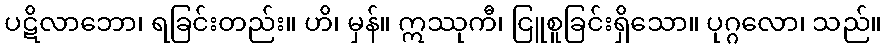
ပဋိလာဘော၊ ရခြင်းတည်း။ ဟိ၊ မှန်။ ဣဿုကီ၊ ငြူစူခြင်းရှိသော။ ပုဂ္ဂလော၊ သည်။